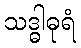
သဒ္ဓါဓုရံ